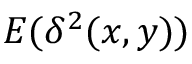
E ( \delta ^ { 2 } ( x , y ) )